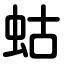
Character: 蛄